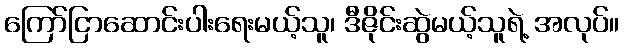
ကြော်ငြာဆောင်းပါးရေးမယ့်သူ၊ ဒီဇိုင်းဆွဲမယ့်သူရဲ့ အလုပ်။